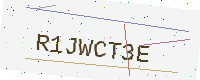
Text: R1JWCT3E